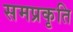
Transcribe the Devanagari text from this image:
समप्रकृति